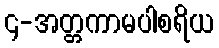
၄-အတ္တကာမပါစရိယ